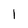
Character: 1